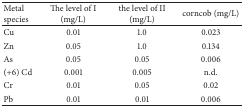
<table><thead><tr><td><b>Metal species</b></td><td><b>The level of I (mg/L)</b></td><td><b>the level of II (mg/L)</b></td><td><b>corncob (mg/L)</b></td></tr></thead><tbody><tr><td>Cu</td><td>0.01</td><td>1.0</td><td>0.023</td></tr><tr><td>Zn</td><td>0.05</td><td>1.0</td><td>0.134</td></tr><tr><td>As</td><td>0.05</td><td>0.05</td><td>0.006</td></tr><tr><td>(+6) Cd</td><td>0.001</td><td>0.005</td><td>n.d.</td></tr><tr><td>Cr</td><td>0.01</td><td>0.05</td><td>0.02</td></tr><tr><td>Pb</td><td>0.01</td><td>0.01</td><td>0.006</td></tr></tbody></table>